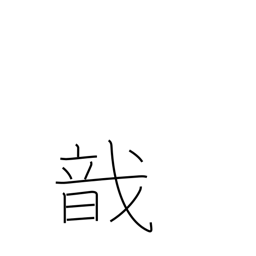
Meaning: to gather